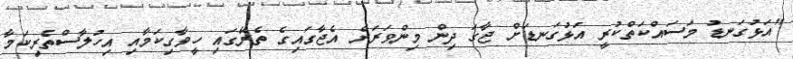
"އަޅުގަނޑު މަސައްކަތްކުރީ އަޅުގަނޑަށް ޖާގަ ދިން މިންވަރަށް އެޖާގައިގެ ތެރޭގައި ހީވާގިކަމާއި އިހުލާސްތެރިކަމާ